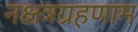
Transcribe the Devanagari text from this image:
नक्षत्रग्रहणाम